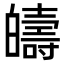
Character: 㿧